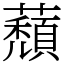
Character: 蘈